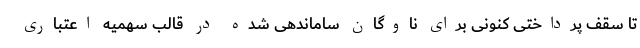
تا سقف پرداختی کنونی برای ناوگان ساماندهی شده در قالب سهمیه اعتباری